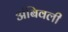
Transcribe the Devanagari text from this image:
अंबिवली